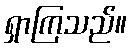
ရှာကြသည်။